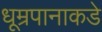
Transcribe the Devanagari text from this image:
धूम्रपानाकडे